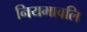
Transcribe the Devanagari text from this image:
नियमावलि